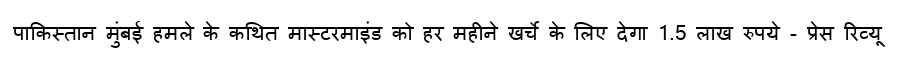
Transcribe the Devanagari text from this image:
पाकिस्तान मुंबई हमले के कथित मास्टरमाइंड को हर महीने खर्चे के लिए देगा 1.5 लाख रुपये - प्रेस रिव्यू